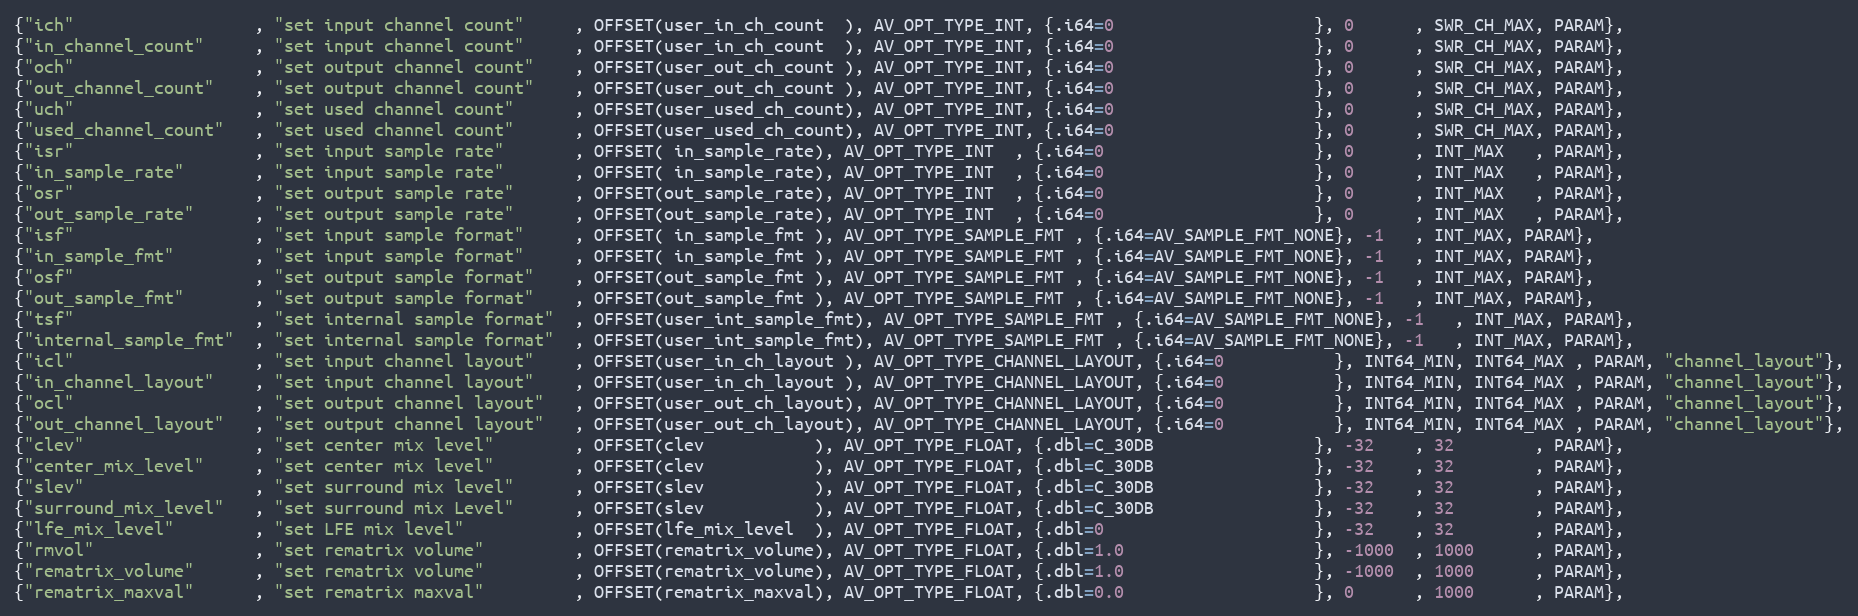
Language: C
{"ich"                  , "set input channel count"     , OFFSET(user_in_ch_count  ), AV_OPT_TYPE_INT, {.i64=0                    }, 0      , SWR_CH_MAX, PARAM},
{"in_channel_count"     , "set input channel count"     , OFFSET(user_in_ch_count  ), AV_OPT_TYPE_INT, {.i64=0                    }, 0      , SWR_CH_MAX, PARAM},
{"och"                  , "set output channel count"    , OFFSET(user_out_ch_count ), AV_OPT_TYPE_INT, {.i64=0                    }, 0      , SWR_CH_MAX, PARAM},
{"out_channel_count"    , "set output channel count"    , OFFSET(user_out_ch_count ), AV_OPT_TYPE_INT, {.i64=0                    }, 0      , SWR_CH_MAX, PARAM},
{"uch"                  , "set used channel count"      , OFFSET(user_used_ch_count), AV_OPT_TYPE_INT, {.i64=0                    }, 0      , SWR_CH_MAX, PARAM},
{"used_channel_count"   , "set used channel count"      , OFFSET(user_used_ch_count), AV_OPT_TYPE_INT, {.i64=0                    }, 0      , SWR_CH_MAX, PARAM},
{"isr"                  , "set input sample rate"       , OFFSET( in_sample_rate), AV_OPT_TYPE_INT  , {.i64=0                     }, 0      , INT_MAX   , PARAM},
{"in_sample_rate"       , "set input sample rate"       , OFFSET( in_sample_rate), AV_OPT_TYPE_INT  , {.i64=0                     }, 0      , INT_MAX   , PARAM},
{"osr"                  , "set output sample rate"      , OFFSET(out_sample_rate), AV_OPT_TYPE_INT  , {.i64=0                     }, 0      , INT_MAX   , PARAM},
{"out_sample_rate"      , "set output sample rate"      , OFFSET(out_sample_rate), AV_OPT_TYPE_INT  , {.i64=0                     }, 0      , INT_MAX   , PARAM},
{"isf"                  , "set input sample format"     , OFFSET( in_sample_fmt ), AV_OPT_TYPE_SAMPLE_FMT , {.i64=AV_SAMPLE_FMT_NONE}, -1   , INT_MAX, PARAM},
{"in_sample_fmt"        , "set input sample format"     , OFFSET( in_sample_fmt ), AV_OPT_TYPE_SAMPLE_FMT , {.i64=AV_SAMPLE_FMT_NONE}, -1   , INT_MAX, PARAM},
{"osf"                  , "set output sample format"    , OFFSET(out_sample_fmt ), AV_OPT_TYPE_SAMPLE_FMT , {.i64=AV_SAMPLE_FMT_NONE}, -1   , INT_MAX, PARAM},
{"out_sample_fmt"       , "set output sample format"    , OFFSET(out_sample_fmt ), AV_OPT_TYPE_SAMPLE_FMT , {.i64=AV_SAMPLE_FMT_NONE}, -1   , INT_MAX, PARAM},
{"tsf"                  , "set internal sample format"  , OFFSET(user_int_sample_fmt), AV_OPT_TYPE_SAMPLE_FMT , {.i64=AV_SAMPLE_FMT_NONE}, -1   , INT_MAX, PARAM},
{"internal_sample_fmt"  , "set internal sample format"  , OFFSET(user_int_sample_fmt), AV_OPT_TYPE_SAMPLE_FMT , {.i64=AV_SAMPLE_FMT_NONE}, -1   , INT_MAX, PARAM},
{"icl"                  , "set input channel layout"    , OFFSET(user_in_ch_layout ), AV_OPT_TYPE_CHANNEL_LAYOUT, {.i64=0           }, INT64_MIN, INT64_MAX , PARAM, "channel_layout"},
{"in_channel_layout"    , "set input channel layout"    , OFFSET(user_in_ch_layout ), AV_OPT_TYPE_CHANNEL_LAYOUT, {.i64=0           }, INT64_MIN, INT64_MAX , PARAM, "channel_layout"},
{"ocl"                  , "set output channel layout"   , OFFSET(user_out_ch_layout), AV_OPT_TYPE_CHANNEL_LAYOUT, {.i64=0           }, INT64_MIN, INT64_MAX , PARAM, "channel_layout"},
{"out_channel_layout"   , "set output channel layout"   , OFFSET(user_out_ch_layout), AV_OPT_TYPE_CHANNEL_LAYOUT, {.i64=0           }, INT64_MIN, INT64_MAX , PARAM, "channel_layout"},
{"clev"                 , "set center mix level"        , OFFSET(clev           ), AV_OPT_TYPE_FLOAT, {.dbl=C_30DB                }, -32    , 32        , PARAM},
{"center_mix_level"     , "set center mix level"        , OFFSET(clev           ), AV_OPT_TYPE_FLOAT, {.dbl=C_30DB                }, -32    , 32        , PARAM},
{"slev"                 , "set surround mix level"      , OFFSET(slev           ), AV_OPT_TYPE_FLOAT, {.dbl=C_30DB                }, -32    , 32        , PARAM},
{"surround_mix_level"   , "set surround mix Level"      , OFFSET(slev           ), AV_OPT_TYPE_FLOAT, {.dbl=C_30DB                }, -32    , 32        , PARAM},
{"lfe_mix_level"        , "set LFE mix level"           , OFFSET(lfe_mix_level  ), AV_OPT_TYPE_FLOAT, {.dbl=0                     }, -32    , 32        , PARAM},
{"rmvol"                , "set rematrix volume"         , OFFSET(rematrix_volume), AV_OPT_TYPE_FLOAT, {.dbl=1.0                   }, -1000  , 1000      , PARAM},
{"rematrix_volume"      , "set rematrix volume"         , OFFSET(rematrix_volume), AV_OPT_TYPE_FLOAT, {.dbl=1.0                   }, -1000  , 1000      , PARAM},
{"rematrix_maxval"      , "set rematrix maxval"         , OFFSET(rematrix_maxval), AV_OPT_TYPE_FLOAT, {.dbl=0.0                   }, 0      , 1000      , PARAM},